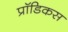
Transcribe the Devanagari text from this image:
प्रॉडिकस